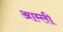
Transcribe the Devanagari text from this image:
आम्ली